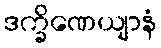
ဒက္ခိဏေယျာနံ